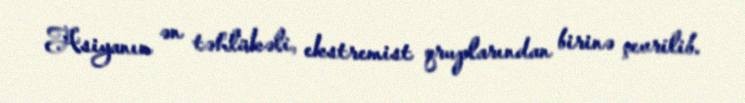
Asiyanın ən təhlükəli, ekstremist qruplarından birinə çevrilib.